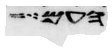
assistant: העם